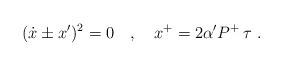
LaTeX: \begin{align*}(\dot{x}\pm x')^2=0\ \ \ ,\ \ \ x^+=2\alpha' P^+\,\tau\ .\end{align*}